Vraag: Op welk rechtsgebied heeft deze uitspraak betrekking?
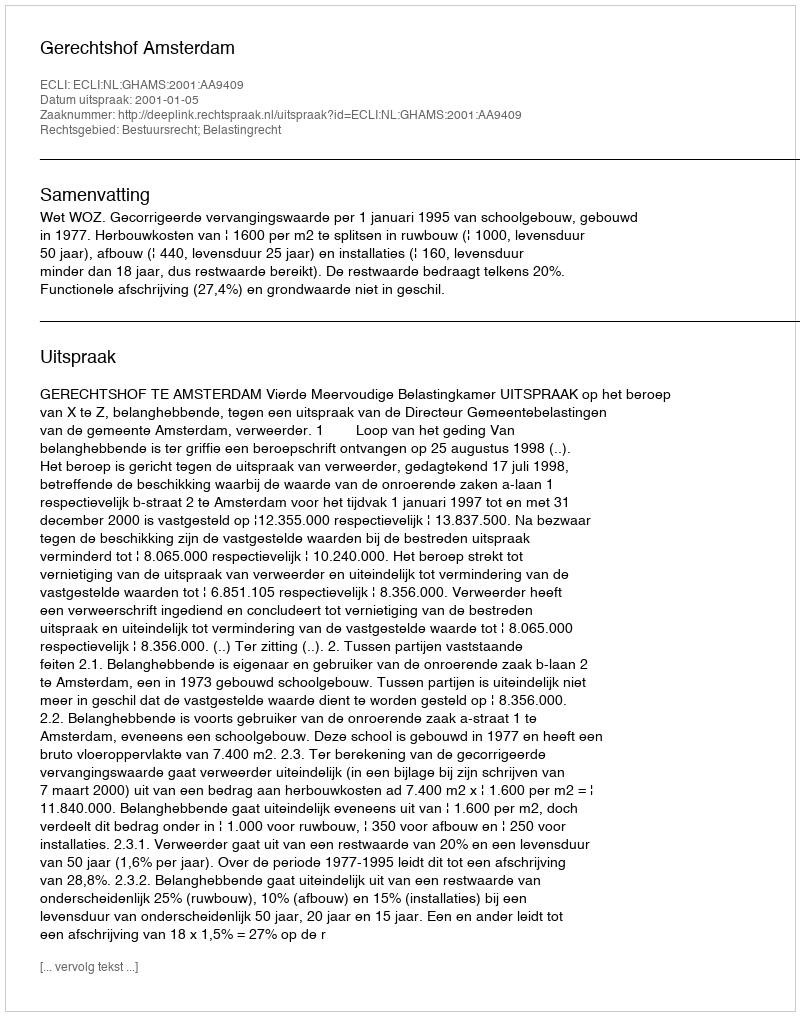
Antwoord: Bestuursrecht; Belastingrecht